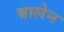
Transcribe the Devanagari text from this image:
बालेन